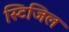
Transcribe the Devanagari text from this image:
स्टिजिल